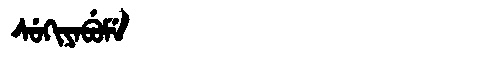
Manchu: ᠰᡠᡴᡳᠶᠠᠪᡠᠮᡝ
Romanization: SUKIYABUME